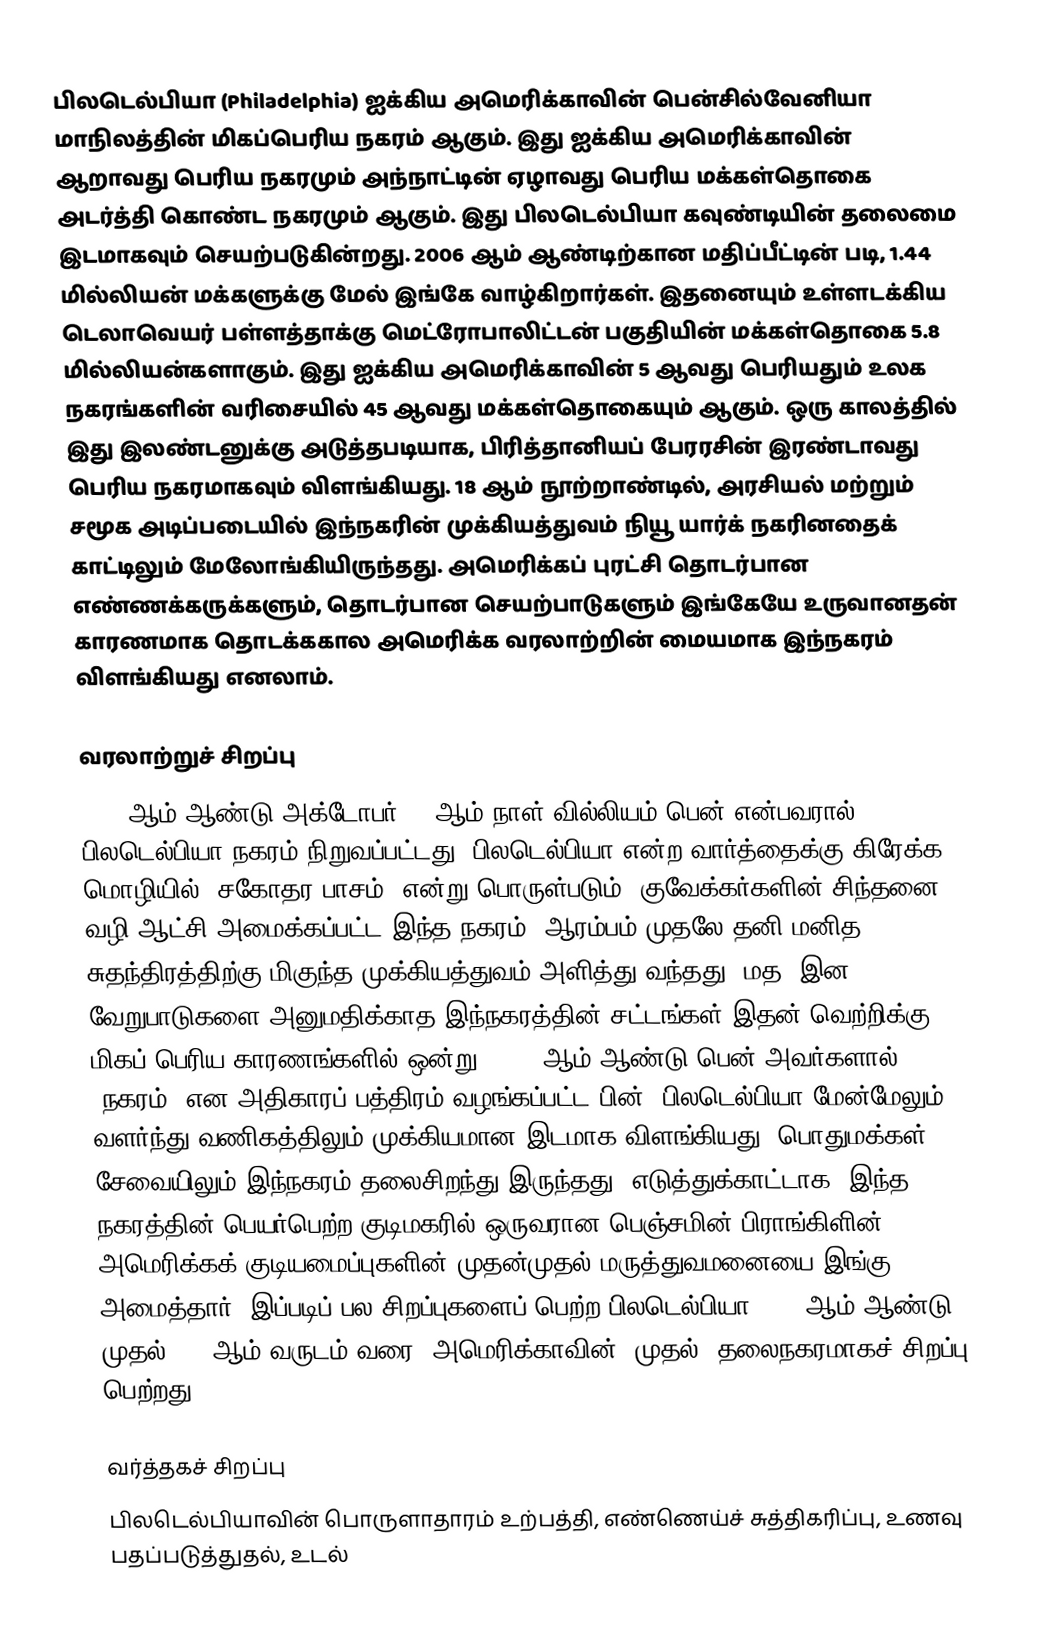
பிலடெல்பியா (Philadelphia) ஐக்கிய அமெரிக்காவின் பென்சில்வேனியா மாநிலத்தின் மிகப்பெரிய நகரம் ஆகும். இது ஐக்கிய அமெரிக்காவின் ஆறாவது பெரிய நகரமும் அந்நாட்டின் ஏழாவது பெரிய மக்கள்தொகை அடர்த்தி கொண்ட நகரமும் ஆகும். இது பிலடெல்பியா கவுண்டியின் தலைமை இடமாகவும் செயற்படுகின்றது. 2006 ஆம் ஆண்டிற்கான மதிப்பீட்டின் படி, 1.44 மில்லியன் மக்களுக்கு மேல் இங்கே வாழ்கிறார்கள். இதனையும் உள்ளடக்கிய டெலாவெயர் பள்ளத்தாக்கு மெட்ரோபாலிட்டன் பகுதியின் மக்கள்தொகை 5.8 மில்லியன்களாகும். இது ஐக்கிய அமெரிக்காவின் 5 ஆவது பெரியதும் உலக நகரங்களின் வரிசையில் 45 ஆவது மக்கள்தொகையும் ஆகும். ஒரு காலத்தில் இது இலண்டனுக்கு அடுத்தபடியாக, பிரித்தானியப் பேரரசின் இரண்டாவது பெரிய நகரமாகவும் விளங்கியது. 18 ஆம் நூற்றாண்டில், அரசியல் மற்றும் சமூக அடிப்படையில் இந்நகரின் முக்கியத்துவம் நியூ யார்க் நகரினதைக் காட்டிலும் மேலோங்கியிருந்தது. அமெரிக்கப் புரட்சி தொடர்பான எண்ணக்கருக்களும், தொடர்பான செயற்பாடுகளும் இங்கேயே உருவானதன் காரணமாக தொடக்ககால அமெரிக்க வரலாற்றின் மையமாக இந்நகரம் விளங்கியது எனலாம்.

வரலாற்றுச் சிறப்பு
1682 ஆம் ஆண்டு அக்டோபர் 27 ஆம் நாள் வில்லியம் பென் என்பவரால் பிலடெல்பியா நகரம் நிறுவப்பட்டது. பிலடெல்பியா என்ற வார்த்தைக்கு கிரேக்க மொழியில் "சகோதர பாசம்" என்று பொருள்படும். குவேக்கர்களின் சிந்தனை வழி ஆட்சி அமைக்கப்பட்ட இந்த நகரம், ஆரம்பம் முதலே தனி மனித சுதந்திரத்திற்கு மிகுந்த முக்கியத்துவம் அளித்து வந்தது. மத, இன வேறுபாடுகளை அனுமதிக்காத இந்நகரத்தின் சட்டங்கள் இதன் வெற்றிக்கு மிகப் பெரிய காரணங்களில் ஒன்று. 1701 ஆம் ஆண்டு பென் அவர்களால் "நகரம்" என அதிகாரப் பத்திரம் வழங்கப்பட்ட பின், பிலடெல்பியா மேன்மேலும் வளர்ந்து  வணிகத்திலும் முக்கியமான இடமாக விளங்கியது. பொதுமக்கள் சேவையிலும் இந்நகரம் தலைசிறந்து இருந்தது: எடுத்துக்காட்டாக, இந்த நகரத்தின் பெயர்பெற்ற குடிமகரில் ஒருவரான பெஞ்சமின் பிராங்கிளின், அமெரிக்கக் குடியமைப்புகளின் முதன்முதல் மருத்துவமனையை இங்கு அமைத்தார். இப்படிப் பல சிறப்புகளைப் பெற்ற பிலடெல்பியா, 1790ஆம் ஆண்டு முதல் 1800ஆம் வருடம் வரை, அமெரிக்காவின் (முதல்) தலைநகரமாகச் சிறப்பு பெற்றது.

வர்த்தகச் சிறப்பு
பிலடெல்பியாவின் பொருளாதாரம் உற்பத்தி, எண்ணெய்ச் சுத்திகரிப்பு, உணவு பதப்படுத்துதல், உடல்